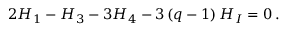
2 H _ { 1 } - H _ { 3 } - 3 H _ { 4 } - 3 \left( q - 1 \right) H _ { I } = 0 \, .